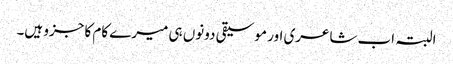
البتہ اب شاعری اور موسیقی دونوں ہی میرے کام کا جزو ہیں۔